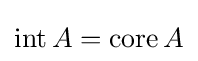
\operatorname {int} A=\operatorname {core} A